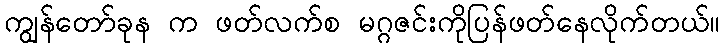
ကျွန်တော်ခုန က ဖတ်လက်စ မဂ္ဂဇင်းကိုပြန်ဖတ်နေလိုက်တယ်။